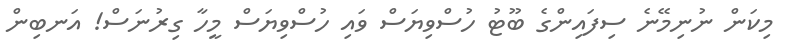
މިކަން ނުނިމޭނެ ސިފައިންގެ ބޫޓު ހުސްވިޔަސް ވައި ހުސްވިޔަސް މީހާ ގިރުނަސް! އަނބިން